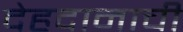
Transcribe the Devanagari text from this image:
देहदानाची